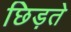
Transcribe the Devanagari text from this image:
छिड़ते